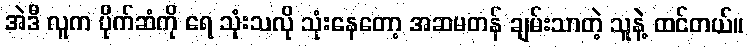
အဲဒီ လူက ပိုက်ဆံကို ရေ သုံးသလို သုံးနေတော့ အဆမတန် ချမ်းသာတဲ့ သူနဲ့ ထင်တယ်။